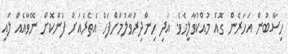
ހިސާބުން އަހަރެން ގޮއް މުއްކުވާލީމެވެ. އަދި ހިންދިރުވާލުމަށްފަހު އެތެރެއަށް ފުންކޮށް ނޭވާއެއް ލައި